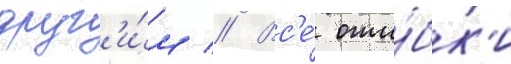
друг'и́м // Вс'е́ оши́бк'и